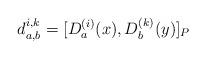
LaTeX: \begin{align*}d_{a, b}^{i, k} = [D_{a}^{(i)}(x), D_{b}^{(k)}(y)]_{P}\end{align*}